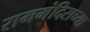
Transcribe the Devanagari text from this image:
राममंदिराच्या